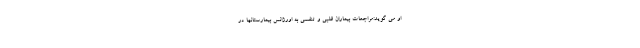
او می گوید:مراجعات بیماران قلبی و تنفسی به اورژانس بیمارستانها در